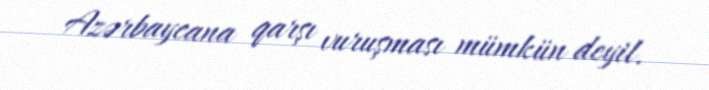
Azərbaycana qarşı vuruşması mümkün deyil.